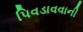
પિવડાવવાની